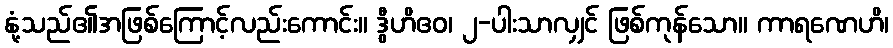
နုံ့သည်၏အဖြစ်ကြောင့်လည်းကောင်း။ ဒွီဟိဧဝ၊ ၂-ပါးသာလျှင် ဖြစ်ကုန်သော။ ကာရဏေဟိ၊